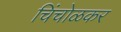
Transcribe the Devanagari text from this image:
चिंचोळकर